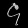
Digit: ၄